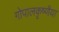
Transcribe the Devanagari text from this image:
गोपालकृष्णैया